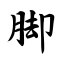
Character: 脚